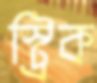
স্ট্রিক